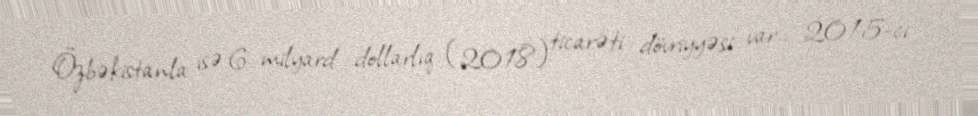
Özbəkistanla isə 6 milyard dollarlıq (2018) ticarəti dövriyyəsi var... 2015-ci